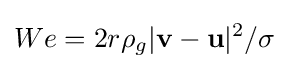
We=2r\rho _{g}|\mathbf {v} -\mathbf {u} |^{2}/\sigma